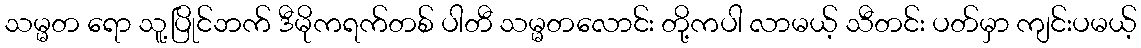
သမ္မတ ရော သူ့ပြိုင်ဘက် ဒီမိုကရက်တစ် ပါတီ သမ္မတလောင်း တို့ကပါ လာမယ့် သီတင်း ပတ်မှာ ကျင်းပမယ့်